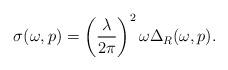
LaTeX: \begin{align*}\sigma (\omega,p)=\left(\frac{\lambda}{2\pi}\right)^2\omega \Delta_R (\omega,p). \end{align*}